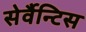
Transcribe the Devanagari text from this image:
सेर्वैन्टिस